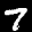
Label: 7